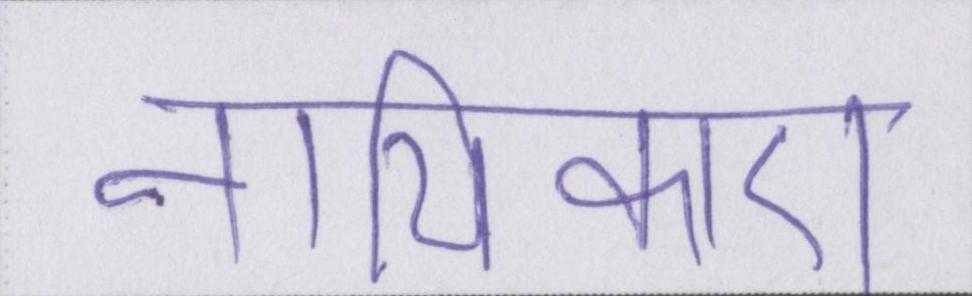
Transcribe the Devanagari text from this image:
नायिकाएं